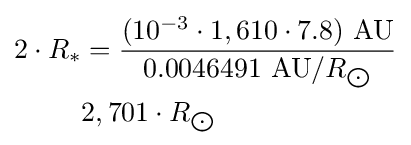
{\begin{aligned}2\cdot R_{*}&={\frac {(10^{-3}\cdot 1,610\cdot 7.8)\ {\text{AU}}}{0.0046491\ {\text{AU}}/R_{\bigodot }}}\\&2,701\cdot R_{\bigodot }\end{aligned}}